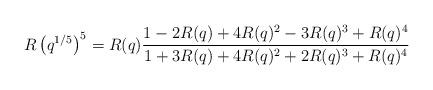
LaTeX: \begin{align*}R\left(q^{1/5}\right)^5=R(q)\frac{1-2R(q)+4R(q)^2-3R(q)^3+R(q)^4}{1+3R(q)+4R(q)^2+2R(q)^3+R(q)^4}\end{align*}